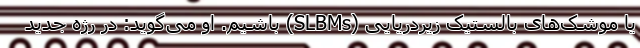
یا موشک‌های بالستیک زیردریایی (SLBMs) باشیم. او می‌گوید: در رژه جدید